Vital statistics of India. Vol. V, Reports of 1876 on armies & jails and on epidemic cholera
Year: 1876
Disease focus: Cholera
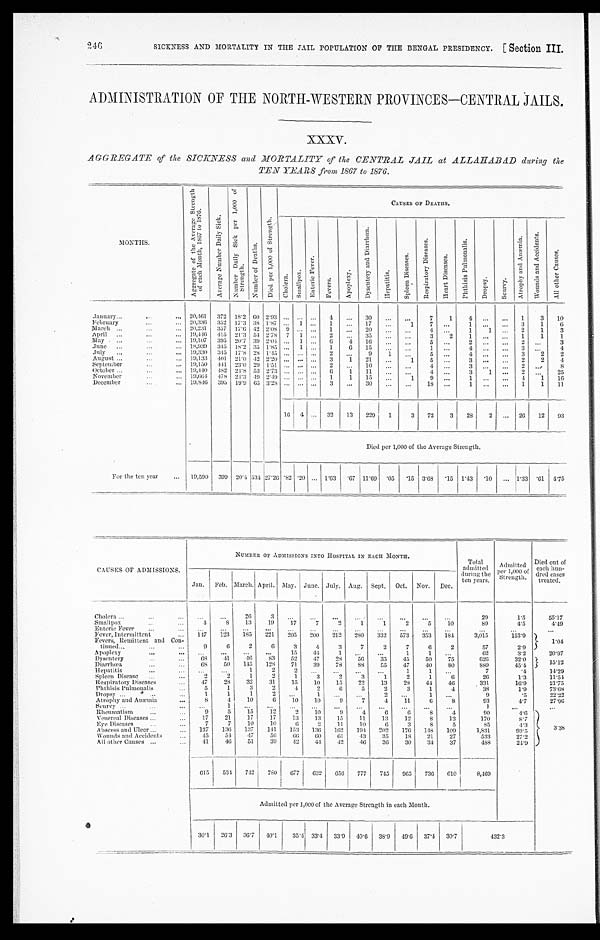
246
SICKNESS AND MORTALITY IN THE JAIL POPULATION OF THE BENGAL PRESIDENCY. [ Section III.
ADMINISTRATION OF THE NORTH-WESTERN PROVINCES-CENTRAL JAILS.
XXXV.
AGGREGATE of the SICKNESS and MORTALITY of the CENTRAL JAIL at ALLAHABAD during the
TEN YEARS from 1867 to 1876.
MONTHS.
A g g r e g a t e o f t h e A v e r a g e S t r e n g t h o f e a c h M o n t h , 1 8 6 7 t o 1 8 7 6 .
A v e r a g e N u m b e r D a i l y S i c k .
N u m b e r D a i l y S i c k p e r 1 , 0 0 0 o f S t r e n g t h .
N u m b e r o f D e a t h s .
D i e d p e r 1 , 0 0 0 o f S t r e n g t h .
C A U S E S O F D E A T H S .
C h o l e r a .
S m a l l p o x .
E n t e r i c F e v e r .
F e v e r s .
A p o p l e x y .
D y s e n t e r y a n d D i a r r h œ a .
H e p a t i t i s .
S p l e e n D i s e a s e s .
R e s p i r a t o r y D i s e a s e s .
H e a r t D i s e a s e s .
P h t h i s i s P u l m o n a l i s .
D r o p s y .
S c u r v y .
A t r o p h y a n d A n œ m i a .
W o u n d s a n d A c c i d e n t s .
A l l o t h e r C a u s e s .
January
20,461 372 18.2 60 2.93 ... ... ... 4 ... 30
. . .
. . .
7
1
4
... ... 1
3 10
February
20,336 352 17.3 38 1.87 ... 1 ... 1 ... 17 ...
1
7 ...
1
. . .
... 3
1
6
March
20,231 357 17.6 42 2.08 9 ... ... 1
... 20
. . . ...
4 ...
1
1 ... 2
1
3
April
19,446 415 21.3 54 2.78 7 1 ... 2 ... 35 ...
. . .
3
2
1 ...
... 1
1
1
May
19,107 395 20.7 39 2.04 ... 1 ... 6
4 16 ...
. . .
5 ...
2 ...
...
2
. . . 3
June
18,939 345 18.2 35 1.85 ... 1 ... 1
6 15
. . .
. . .
1 ...
4 ...
...
3
. . . 4
July
19,330 345 17.8 28 1.45 ... ... ... 2 ...
9
1 ...
5 ...
4 ...
...
3 2
2
August
19,133 401 21.0 42 2.20 ... ... ... 3
1 21 ...
1
5 ...
3
. . . ... 2
2
4
September
19,150 441 23.0 29 1.51 ... ... ... 2 . . . 10
. . .
. . .
4 ...
3 ... ...
2
. . .
8
O c t o b e r 19,440 482 24.8 53 2.73 ... ... ... 6
1 11 ...
. . .
4 ...
3 1 ...
2
. . . 25
November
19,664 478 24.3 49 2.49 ... ... ... 1
1 15 ...
1
9 ...
1 ... ... 4
1 16
December
19,846 395 19.9 65 3.28 ... ... ... 3 ... 30
. . . ...
18 ...
1
. . .
... 1
1 11
16 4 ... 32 13 229 1
3 72
3 28 2 ... 26 12 93
Died per 1,000 of the Average Strength.
For the ten year
19,590 399 20.4 534 27.26 .82 .20 ...
1 . 6 3 .67 11.69 .05
. 1 5 3.68
. 15 1.43
. 10 ... 1.33 .61 4.75
CAUSES OF ADMISSIONS.
NUMBER OF ADMISSIONS INTO HOSPITAL IN EACH MONTH.
Total
admitted
during the
ten years.
Admitted
per 1,000 of
Strength.
Died out of
each hun-
dred cases
treated.
Jan. Feb. March. April. May. June. July. Aug. Sept. Oct. Nov. Dec.
Cholera
. . .
. . .
2 6
3
. . .
. . .
. . .
. . .
. . .
. . .
. . .
...
29
1.5
55.17
Smallpox
4
8 13
19 17
7
2
1
1
2
5
10
89
4.5
4. 49
Enteric Fever
...
...
...
...
...
...
...
...
...
...
...
...
...
...
...
Fever, Intermittent
147 123 185 221 205 200 212 280
332 573 353 184
3,015
153.9 1. 04
Fevers, Remittent and Con-
tinued
9
6
2
6
3
4
: 3
7
2
7
6
2
57
2.9
Apoplexy
. . .
. . .
. . .
. . .
15
41
1
. . .
. . .
1
1
. . .
62
3.2
20. 97
Dysentery
68
41
46 83
52
47
28
56 35
45
50
75
626
32.0
1 5 . 1 2
Diarrhœa
68 50 145 128 71
39 78
8 8 55
47
40
8 0
889
45.4
Hepatitis
. . .
. . .
1
2
2
. . .
. . .
. . .
. . .
1
1
. . .
7
.4
14. 29
Spleen Disease
2
2
1
2
1
3
2
3
1
2
1
6
26
1.3
11.54
Respiratory Diseases
47
28
32
31
15
10
15
22
13
28
44
46
331
16.9
2 1 . 7 5
Phthisis Pulmonalis
5
1
3
2
4
2
6 5
2
3
1
4
38
1.9
7 3 . 6 8
D r o p s y
1
1
1
2
. . .
1
. . .
. . .
2
. . . 1 ...
9
.5
22.22
Atrophy and Anæmia
8
4
10
6 10
10
9 7
4
11
6
8
93
4.7
2 7 . 9 6
Scurvy
. . .
1
1 . . .
. . . . . .
. . .
. . .
. . .
. . .
. . .
. . .
1
. . .
. . .
Rheumatism
9
5
15
1 2 2
10 9
4
6
6
8
4
9 0
4 . 6
3 . 3 8
Venereal Diseases
17
21
17
17
13
13
15
11
13
12
8
13
170
8.7
Eye Diseases
7
7
10
10
6
2
11
10
6
3
8
5
85
4.3
Abscess and Ulcer 137 136 137 141 153 136 162 194 202 176 148 109
1,831
93.5
W o u n d s a n d A c c i d e n t s
45
5 4
4 7
5 6 66
6 0 61 43
3 5
1 8
2 1
2 7
5 3 3
2 7 . 2
All other Causes
41
4 6
5 1
3 9
42
4 4
42
46
3 6
3 0
3 4
3 7
4 8 8
2 4 . 9
615 534 742 780 677 632
6 5 6 777 745 965 736 610
8,469
Admitted per 1,000 of the Average Strength in each Month.
30.1 26.3 36.7 40.1
35.4 33.4 33.9 40.6 38.9 49.6 37.4 30.7
432.3